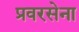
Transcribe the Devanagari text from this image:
प्रवरसेना